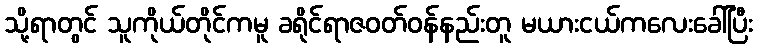
သို့ရာတွင် သူကိုယ်တိုင်ကမူ ခရိုင်ရာဇဝတ်ဝန်နည်းတူ မယားငယ်ကလေးခေါ်ပြီး